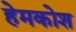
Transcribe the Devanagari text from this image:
हेमकोश